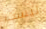
ليست